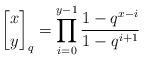
LaTeX: \begin{align*}{x \brack y}_q = \prod_{i=0}^{y-1}\frac{1-q^{x-i}}{1-q^{i+1}}\end{align*}